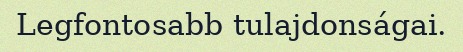
Legfontosabb tulajdonságai.